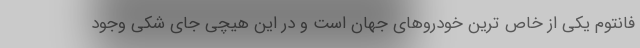
فانتوم یکی از خاص ترین خودروهای جهان است و در این هیچی جای شکی وجود